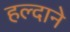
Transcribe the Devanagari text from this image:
हल्दाने